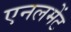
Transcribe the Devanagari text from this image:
एनलमेंट